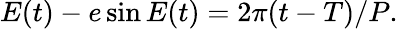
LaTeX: E(t)-e\sin E(t)=2\pi(t-T)/P.